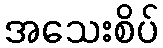
အသေးစိပ်